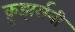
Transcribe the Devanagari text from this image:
क्रुझर्सनी